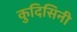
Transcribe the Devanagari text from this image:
कुदिसिनी